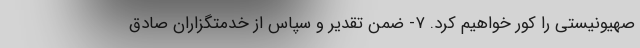
صهیونیستی را کور خواهیم کرد. ۷- ضمن تقدیر و سپاس از خدمتگزاران صادق